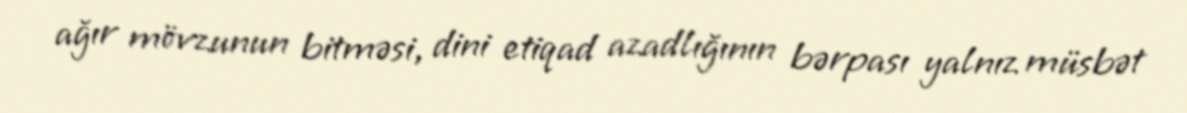
ağır mövzunun bitməsi, dini etiqad azadlığının bərpası yalnız müsbət